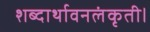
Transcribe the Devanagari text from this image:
शब्दार्थावनलंकृती।